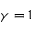
\gamma = 1